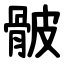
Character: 骳